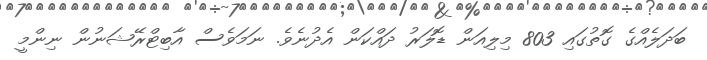
ބަދަލެއްގެ ގޮތުގައި 803 މިލިއަން ޑޮލަރު ދައްކަން އެދުނެވެ. ނަމަވެސް އާބިޓްރޭޝަނުން ނިންމީ